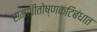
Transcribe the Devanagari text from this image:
समशीतोष्णकटिबंधात